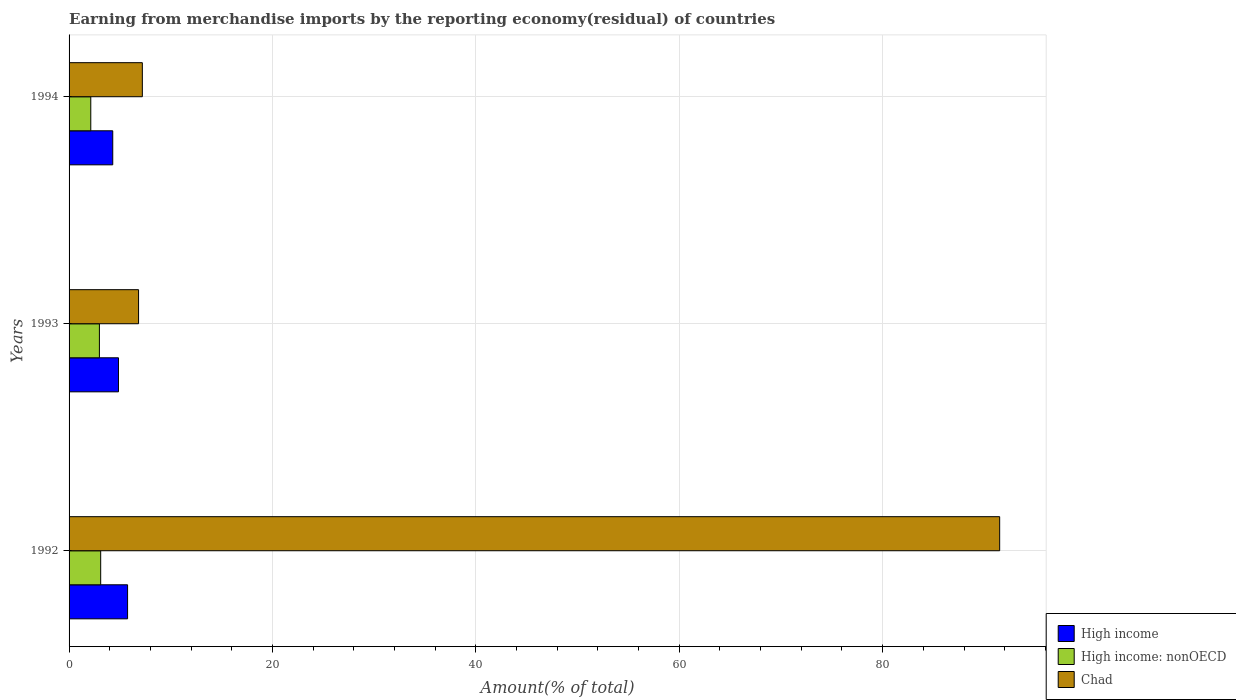
| Years | High income | High income: nonOECD | Chad |
 | --- | --- | --- | --- |
 | 1992 | 5.75 | 3.11 | 91.5 |
 | 1993 | 4.86 | 2.98 | 6.83 |
 | 1994 | 4.3 | 2.13 | 7.21 |